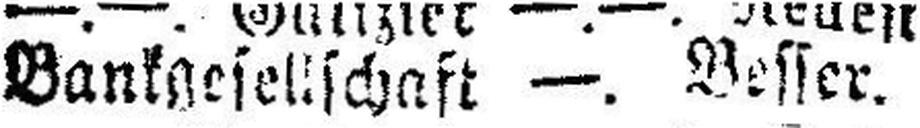
Bankgesellschaft —. Besser.